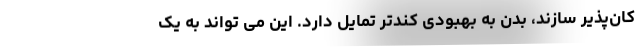
کان‌پذیر سازند، بدن به بهبودی کندتر تمایل دارد. این می تواند به یک